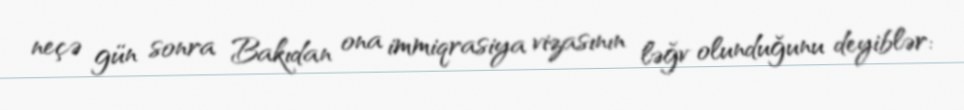
neçə gün sonra Bakıdan ona immiqrasiya vizasının ləğv olunduğunu deyiblər: